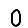
Digit: 0